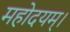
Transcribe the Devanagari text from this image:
महोदयम्।